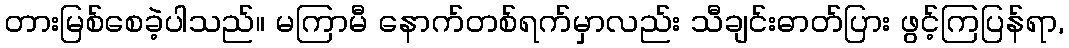
တားမြစ်စေခဲ့ပါသည်။ မကြာမီ နောက်တစ်ရက်မှာလည်း သီချင်းဓာတ်ပြား ဖွင့်ကြပြန်ရာ,